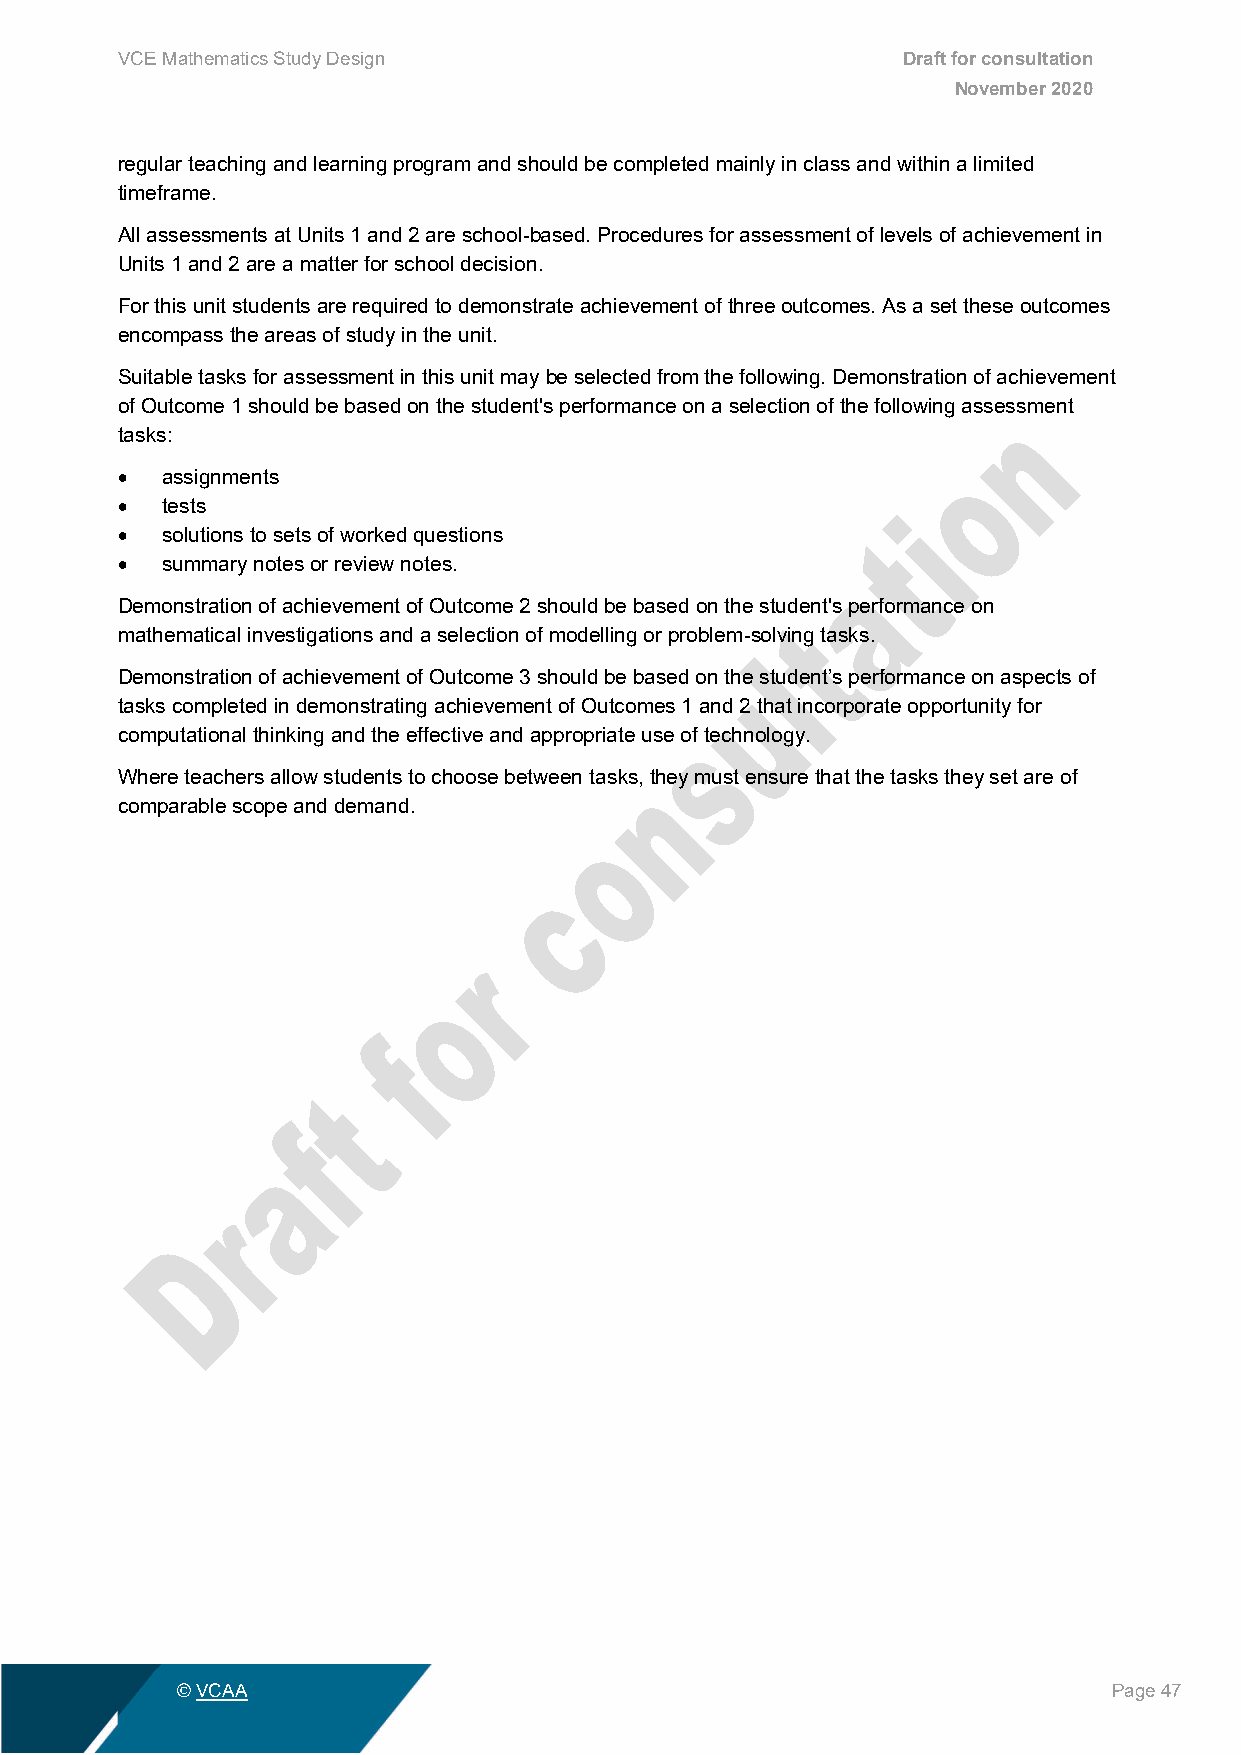
VCE Mathematics Study Design                        Draft for consultation
 November 2020
 regular teaching and learning program and should be completed mainly in class and within a limited
 timeframe.
 All assessments at Units 1 and 2 are school-based. Procedures for assessment of levels of achievement in
 Units 1 and 2 are a matter for school decision.
 For this unit students are required to demonstrate achievement of three outcomes. As a set these outcomes
 encompass the areas of study in the unit.
 Suitable tasks for assessment in this unit may be selected from the following. Demonstration of achievement
 of Outcome 1 should be based on the student's performance on a selection of the following assessment
 tasks:
 •  assignments
 •  tests
 •  solutions to sets of worked questions
 •  summary notes or review notes.
 Demonstration of achievement of Outcome 2 should be based on the student's performance on
 mathematical investigations and a selection of modelling or problem-solving tasks.
 Demonstration of achievement of Outcome 3 should be based on the student’s performance on aspects of
 tasks completed in demonstrating achievement of Outcomes 1 and 2 that incorporate opportunity for
 computational thinking and the effective and appropriate use of technology.
 Where teachers allow students to choose between tasks, they must ensure that the tasks they set are of
 comparable scope and demand.
 © VCAA                                                        Page 47